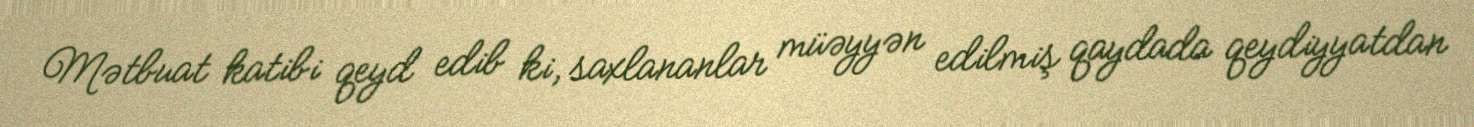
Mətbuat katibi qeyd edib ki, saxlananlar müəyyən edilmiş qaydada qeydiyyatdan